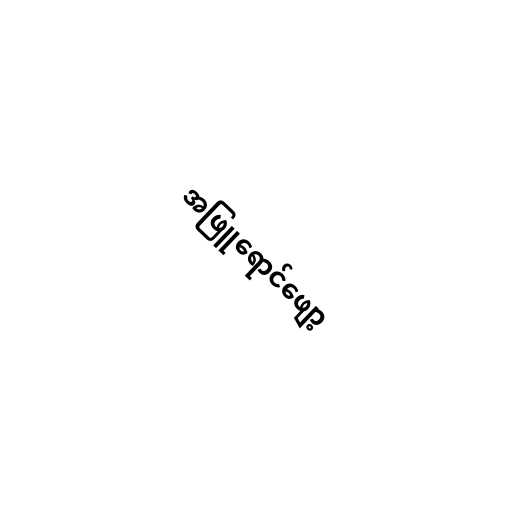
အဖြူရောင်ဖျော့